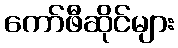
ကော်ဖီဆိုင်များ